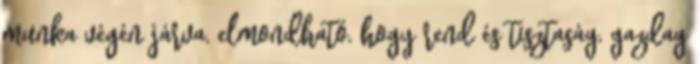
munka végén járva, elmondható, hogy rend és tisztaság, gazdag